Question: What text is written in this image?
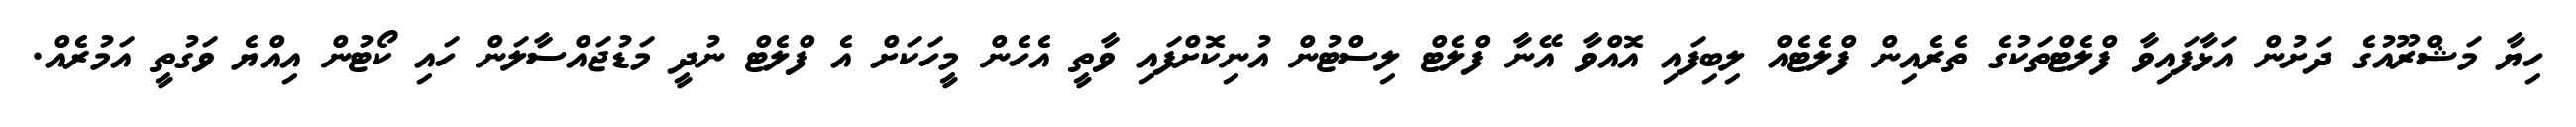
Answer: ހިޔާ މަޝްރޫއުގެ ދަށުން އަޅާފައިވާ ފްލެޓްތަކުގެ ތެރެއިން ފްލެޓެއް ލިބިފައި އޮއްވާ އޭނާ ފްލެޓް ލިސްޓުން އުނިކޮށްފައި ވާތީ އެހެން މީހަކަށް އެ ފްލެޓް ނުދީ މަޑުޖައްސާލަން ހައި ކޯޓުން އިއްޔެ ވަގުތީ އަމުރެއް.